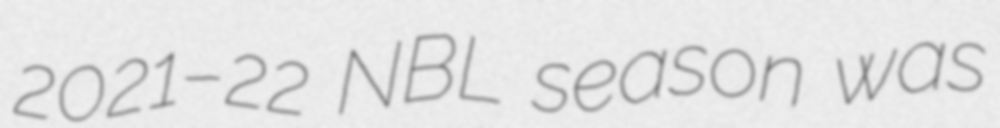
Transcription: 2021–22 NBL season was